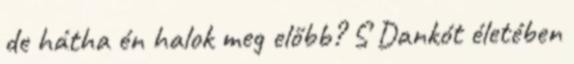
de hátha én halok meg előbb? S Dankót életében